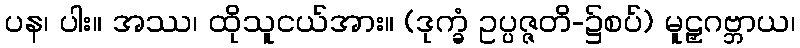
ပန၊ ပါး။ အဿ၊ ထိုသူငယ်အား။ (ဒုက္ခံ ဥပ္ပဇ္ဇတိ-၌စပ်) မူဠှဂဗ္ဘာယ၊